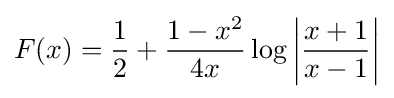
F(x)={\frac {1}{2}}+{\frac {1-x^{2}}{4x}}\log \left|{\frac {x+1}{x-1}}\right|